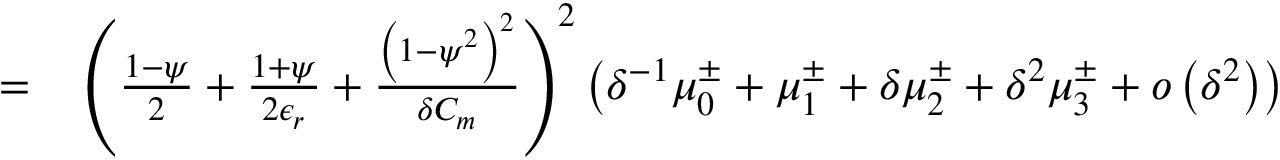
\begin{array} { r l } { = } & { { } \left( \frac { 1 - \psi } { 2 } + \frac { 1 + \psi } { 2 \epsilon _ { r } } + \frac { \left( 1 - \psi ^ { 2 } \right) ^ { 2 } } { \delta C _ { m } } \right) ^ { 2 } \left( \delta ^ { - 1 } \mu _ { 0 } ^ { \pm } + \mu _ { 1 } ^ { \pm } + \delta \mu _ { 2 } ^ { \pm } + \delta ^ { 2 } \mu _ { 3 } ^ { \pm } + o \left( \delta ^ { 2 } \right) \right) } \end{array}